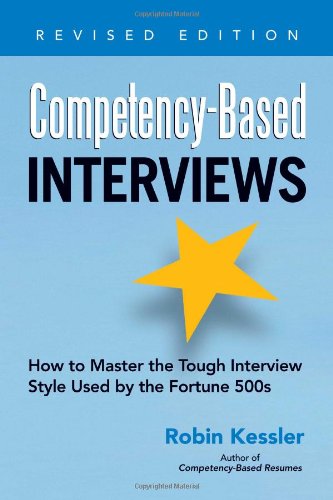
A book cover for Competency-Based Interviews, Revised Edition: How to Master the Tough Interview Style Used by the Fortune 500s; Robin Kessler; Business & Money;